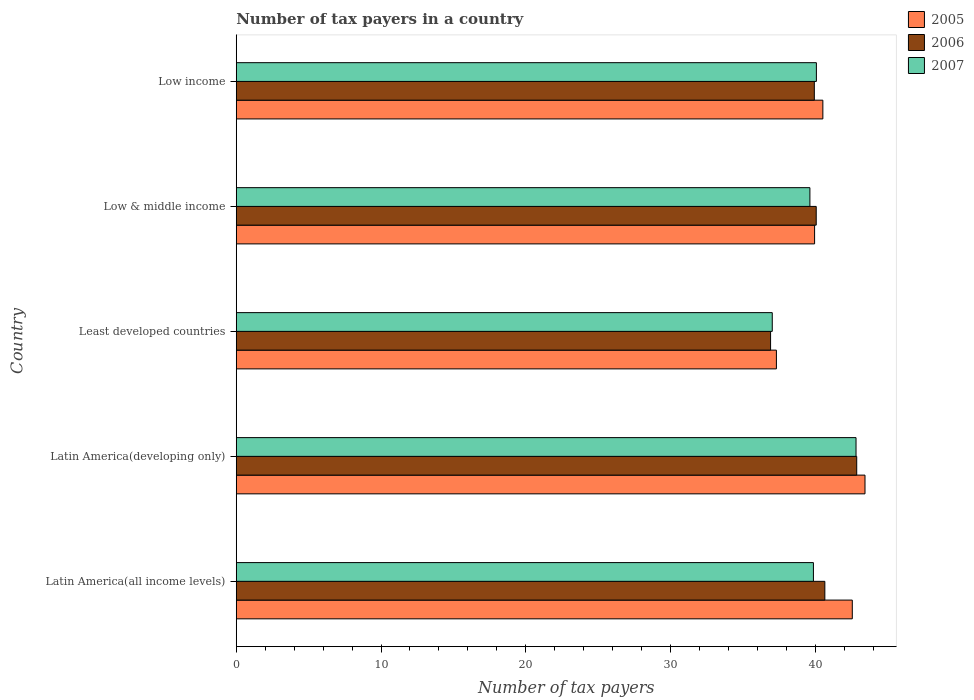
| Country | 2005 | 2006 | 2007 |
 | --- | --- | --- | --- |
 | Latin America(all income levels) | 42.6 | 40.7 | 39.9 |
 | Latin America(developing only) | 43.4 | 42.9 | 42.8 |
 | Least developed countries | 37.3 | 36.9 | 37 |
 | Low & middle income | 39.9 | 40.1 | 39.6 |
 | Low income | 40.5 | 39.9 | 40.1 |